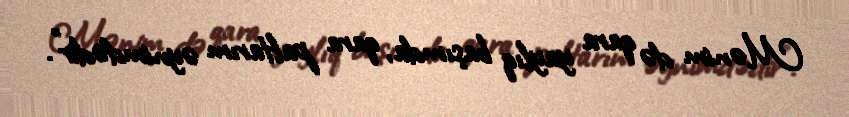
Mənim də qara yaylıq başımda, qara paltarım əynimdədir”.